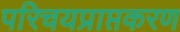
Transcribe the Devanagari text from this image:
परिचयप्राप्तकरण